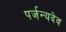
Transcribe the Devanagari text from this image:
पर्जन्यदेव